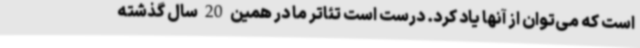
است که می‌توان از آنها یاد کرد. درست است تئاتر ما در همین 20 سال گذشته